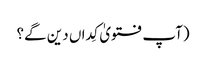
(آپ فتویٰ کِداں دین گے؟